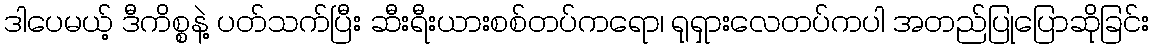
ဒါပေမယ့် ဒီကိစ္စနဲ့ ပတ်သက်ပြီး ဆီးရီးယားစစ်တပ်ကရော၊ ရုရှားလေတပ်ကပါ အတည်ပြုပြောဆိုခြင်း